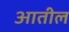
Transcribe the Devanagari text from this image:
अातील